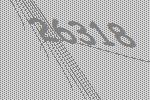
26318